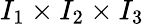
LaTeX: I_{1}\times I_{2}\times I_{3}